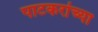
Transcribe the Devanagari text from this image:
पाटकरांच्या